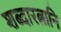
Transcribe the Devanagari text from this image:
शब्दारत्नानि